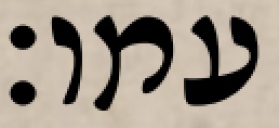
עמו׃